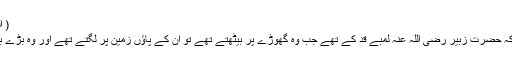
( الریاض النضرۃ )
عروہ کہتے ہیں کہ حضرت زبیر رضی اللہ عنہ لمبے قد کے تھے جب وہ گھوڑے پر بیٹھتے تھے تو ان کے پاؤں زمین پر لگتے تھے اور وہ بڑے بالوں والے تھے ۔